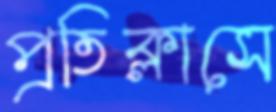
প্রতিক্লাসে